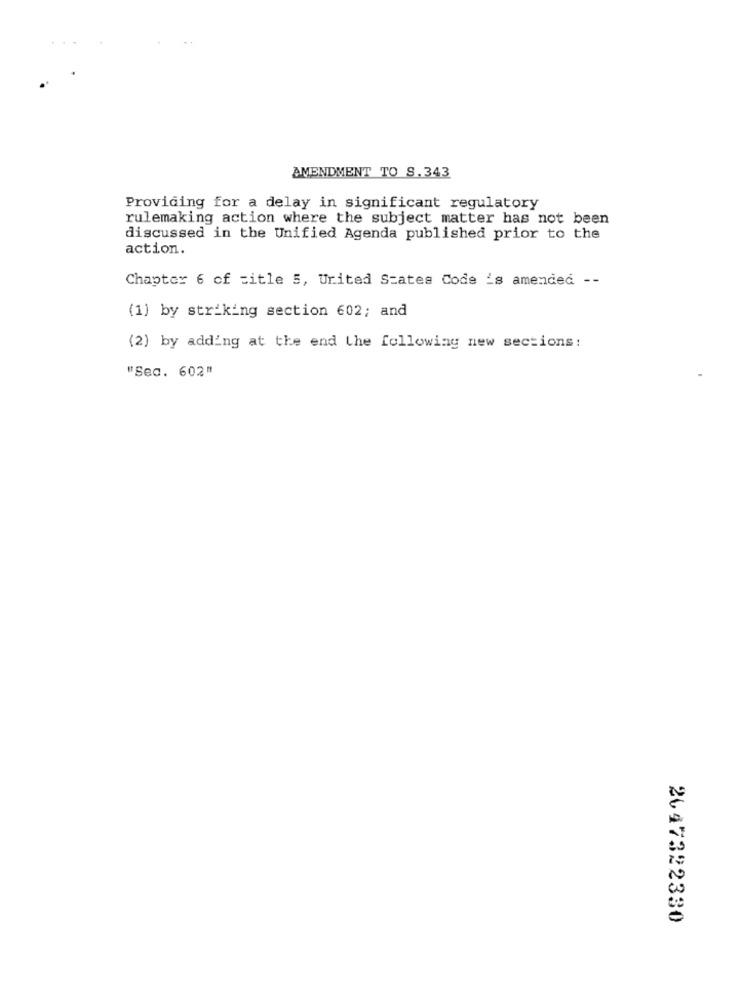
AMENDMENT TO S.343
Providing for a delay in significant regulatory
rulemaking action where the subject matter has not been
discussed in the Unified Agenda published prior to the
action.
Chapter 6 of title 5, United States Code 's amended --
(1) by striking section 602; and
(2) by adding at the end the following new sections:
"Sec. 602"
2647322330